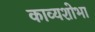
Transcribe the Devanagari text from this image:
काव्यशोभा